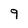
Character: 9